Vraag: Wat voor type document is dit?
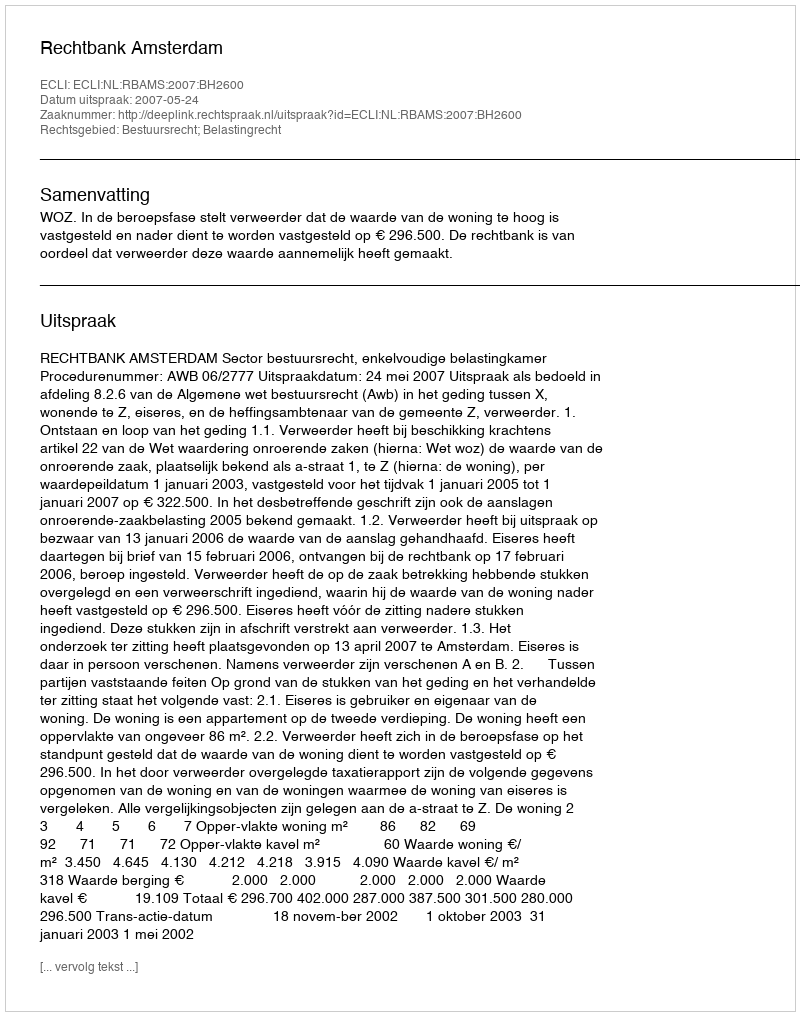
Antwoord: Uitspraak